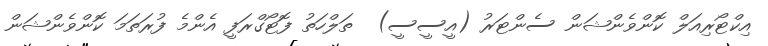
އިކްޓޯރިއަލް ކޮންވެންޝަން ސެންޓަރު (އީސީސީ)  ތަލްހަތު ފޮޓޯގްރަފީ އެންމެ ފުރަތަމަ ކޮންވެންޝަން